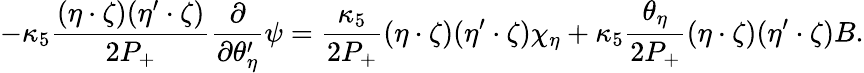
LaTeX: -\kappa_{5}\frac{(\eta\cdot\zeta)(\eta^{\prime}\cdot\zeta)}{2P_{+}}\frac{\partial}{\partial\theta_{\eta}^{\prime}}\psi=\frac{\kappa_{5}}{2P_{+}}(\eta\cdot\zeta)(\eta^{\prime}\cdot\zeta)\chi_{\eta}+\kappa_{5}\frac{\theta_{\eta}}{2P_{+}}(\eta\cdot\zeta)(\eta^{\prime}\cdot\zeta)B.